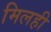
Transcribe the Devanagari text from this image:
मिलही